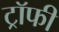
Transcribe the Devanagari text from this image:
ट्राॅफी